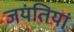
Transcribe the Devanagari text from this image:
जयंतियां